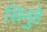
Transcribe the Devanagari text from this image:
सिनुहे